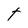
Character: t